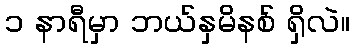
၁ နာရီမှာ ဘယ်နှမိနစ် ရှိလဲ။